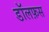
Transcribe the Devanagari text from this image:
डॉलफ़स